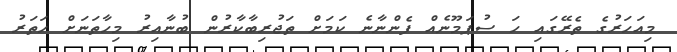
މިއަހަރުގެ ތެރޭގައި ހަ ސުޕަމޫނެއް ފެންނާނެ ކަމަށް ތަޖުރިބާކާރުން ބުނާއިރު މިހާތަނަށް ހަތަރު